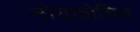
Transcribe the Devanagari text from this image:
नोयकोचित